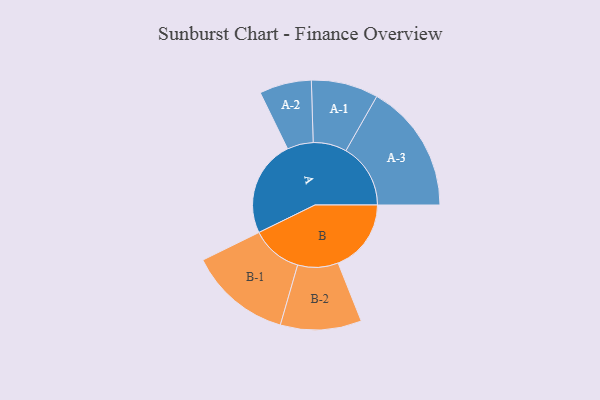
{"axis": {"x": "Segment", "y": "Value"}, "legend": ["", "A", "B"], "data": [{"x": "A", "y": 400, "type": ""}, {"x": "B", "y": 303, "type": ""}, {"x": "A-1", "y": 139, "type": "A"}, {"x": "A-2", "y": 108, "type": "A"}, {"x": "A-3", "y": 268, "type": "A"}, {"x": "B-1", "y": 212, "type": "B"}, {"x": "B-2", "y": 168, "type": "B"}]}